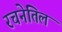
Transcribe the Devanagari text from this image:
रचनेतिल